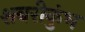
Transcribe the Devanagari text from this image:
शबरीकुंभ